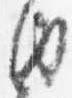
内